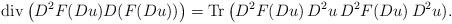
LaTeX: \begin{align*}{\rm div}\, \big(D^2F(Du) D (F(Du))\big)={\rm Tr}\, \big(D^2F(Du)\, D^2u\, D^2F(Du)\, D^2u).\end{align*}